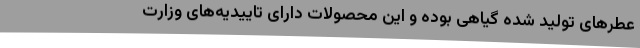
عطرهای تولید شده گیاهی بوده و این محصولات دارای تاییدیه‌های وزارت